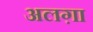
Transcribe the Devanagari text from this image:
अलग़ा